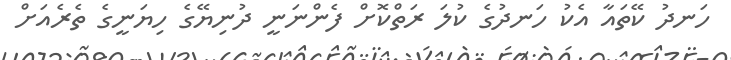
ހަނދު ކޭތައާ އެކު ހަނދުގެ ކުލަ ރަތްކޮށް ފެންނަނީ ދުނިޔޭގެ ހިޔަނީގެ ތެރެއަށް